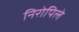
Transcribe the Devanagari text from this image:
निरोपिले